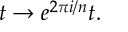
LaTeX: t \rightarrow e ^ { 2 \pi i / n } t .